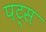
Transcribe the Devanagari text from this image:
पट्स